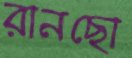
রানছো